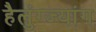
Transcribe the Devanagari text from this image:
हैलुंग्ज्यांग